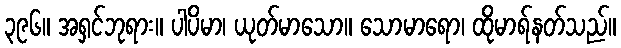
၃၉၆။ အရှင်ဘုရား။ ပါပိမာ၊ ယုတ်မာသော။ သောမာရော၊ ထိုမာရ်နတ်သည်။